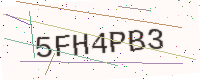
Text: 5FH4PB3